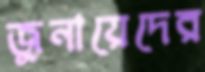
জুনায়েদের